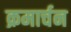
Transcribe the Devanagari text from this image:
क्रमार्चन